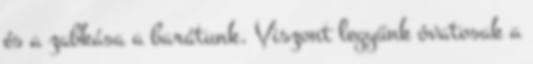
és a zabkása a barátunk. Viszont legyünk óvatosak a